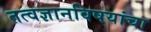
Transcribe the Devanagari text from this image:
तत्वज्ञानविषयांचा